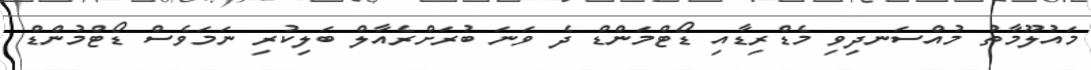
މައުލޫމާތު މުއްސަނދިވި މެޑްރިޑާއި ޑޯޓްމަންޑް ދެ ވަނަ ބުރަށްރެއާލް ބަލިކުރި ނަމަވެސް ޑޯޓްމުންޑް